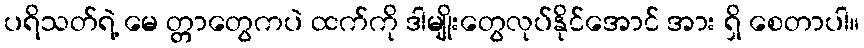
ပရိသတ်ရဲ့ မေ တ္တာတွေကပဲ ထက်ကို ဒါမျိုးတွေလုပ်နိုင်အောင် အား ရှိ စေတာပါ။